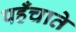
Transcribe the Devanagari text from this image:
पहँचाते